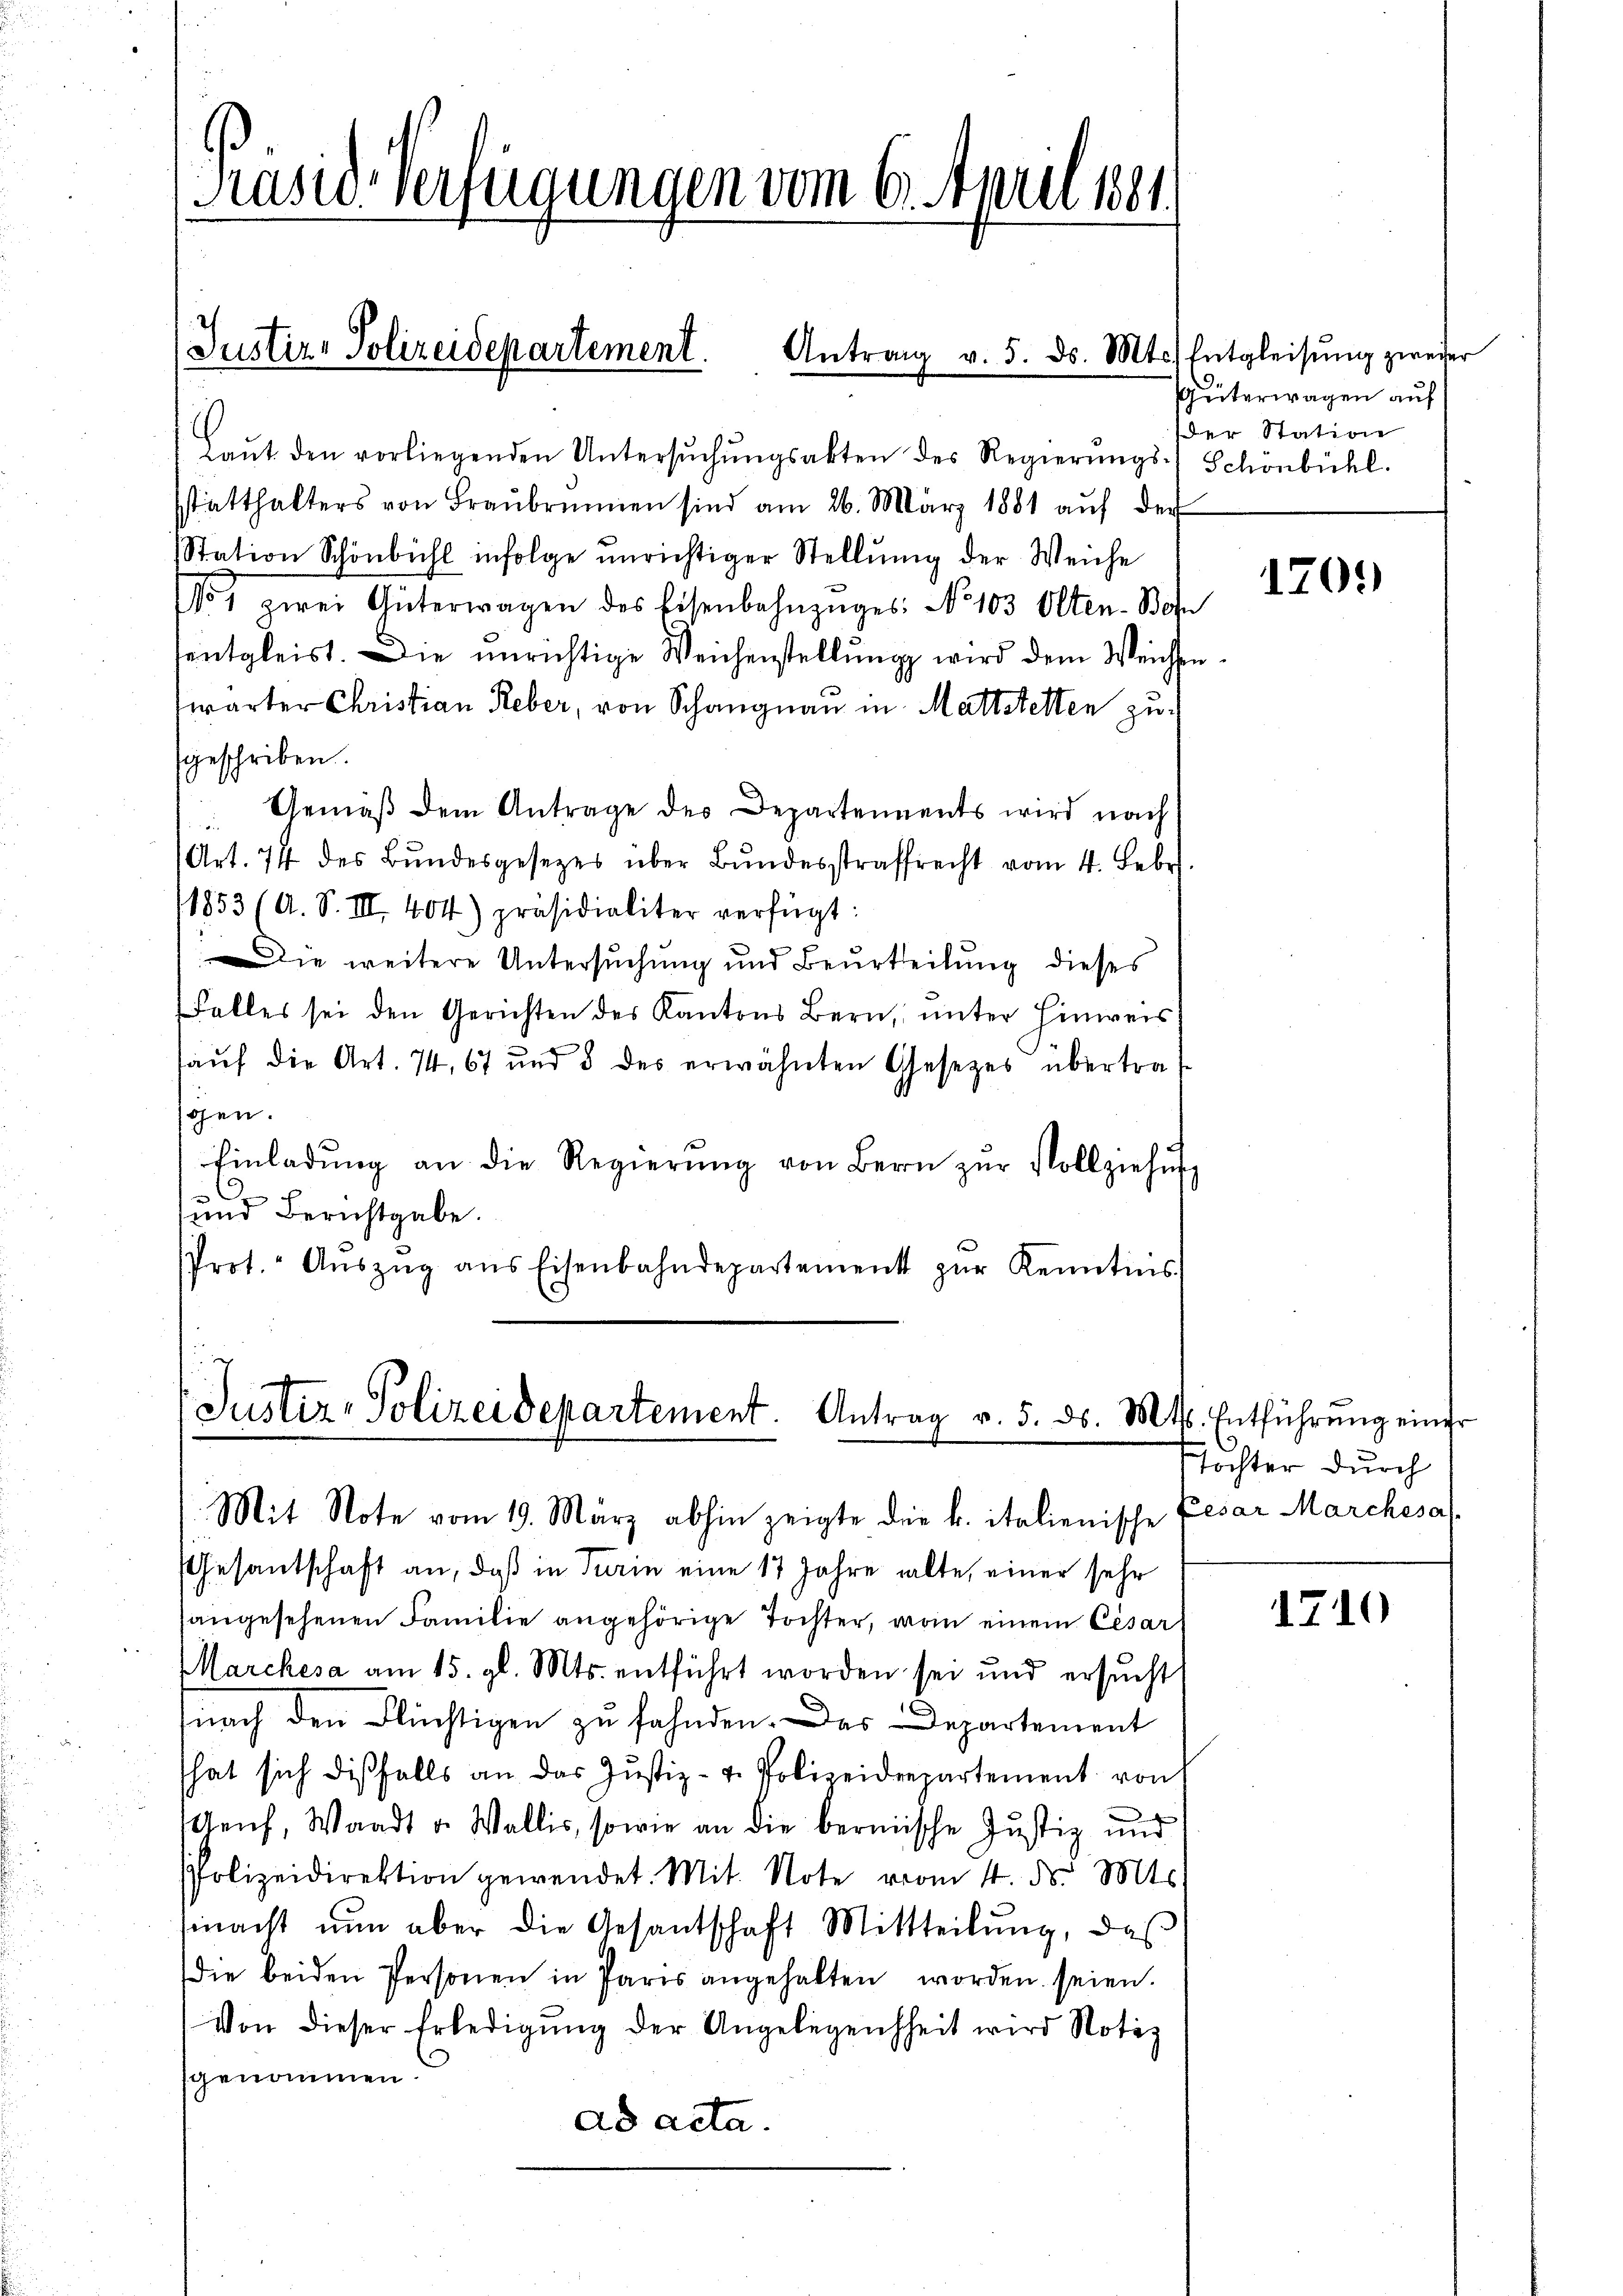
Präsid Verfügungen vom 6. April wer

(Justiz- Polizeidepartement. Antrag v. 5. ds. Mts. Entgleisŭng zweier

Laŭt den vorliegenden Untersŭchŭngsakten des Regierŭngs-
sstatthalters von Braŭbrun sind am 26. März 1881 aŭf der
Station Schönbühl infolge unrichtiger Stellŭng der Weiche
1 zwei Güterwagen des Eisenbahnzŭges: No 103 Olten- Bon
entgleist. Die unrichtige Weichenstellung wird dem Weichen
swärter Christian Reber, von Schangnau in Mattstetten zusgeschriben.
Gemäβ dem Antrage des Departements wird nach
(Art. 74 des Bundesgesetzes über Bundesstraffrecht vom 4. Febr.
1853 (A. S. III. 404) präsidialiter verfügt:
Die weitere Untersuchung und Beurtheilung dieses
Falles sei den Gerichten des Kantons Bern, unter Hinweis
aŭf die Art. 74, 67 und 8 des erwähnten Gesetzes übertraschen.
Einladŭng an die Regierŭng von Bern zŭr Vollziehŭ
und Berichtgabe.
Prot. Aŭszŭg ans Eisenbahndepartement zŭr Kenntins

(Justiz-Polizeidepartement. Antrag v. 5. ds. Mts. Entführŭng einer
Mit Note vom 19. März abhin zeigte die k. italienische Cesar Marchesa

Gesantschaft an, daß in Turin eine 17 Jahre alte, einer sehr
angesehenen Familie angehörige Tochter, vom einem Cesar
Marchesa am 15. gl. Mts. entführt worden sei und ersŭcht
(nach den Flüchtigen zu fahnden. Das Departement
hat sich disfalls an das Justiz- u. Polizeidepartement von
Genf, Waadt v. Wallis, sowie an die bermische Justiz und
Polizeidirektion gewendet. Mit Note vom 4. ds. Mts.
macht nun aber die Gesantschaft Mittteilŭng, daβ
die beiden Personen in Paris angehalten worden seien.
Von dieser Erledigŭng der Angelegenheit wird Notiz
genommen.
ad acta.

Güterwagen auf
der Station
Schönbühl.

1709

Tochter durch

1710